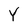
Character: Y